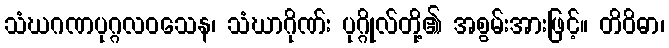
သံဃဂဏပုဂ္ဂလဝသေန၊ သံဃာဂိုဏ်း ပုဂ္ဂိုလ်တို့၏ အစွမ်းအားဖြင့်။ တိဝိဓာ၊